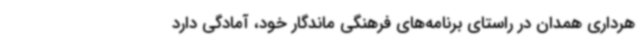
هرداری همدان در راستای برنامه‌های فرهنگی ماندگار خود، آمادگی دارد